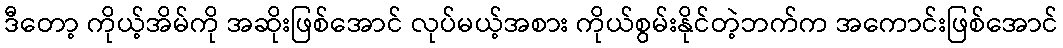
ဒီတော့ ကိုယ့်အိမ်ကို အဆိုးဖြစ်အောင် လုပ်မယ့်အစား ကိုယ်စွမ်းနိုင်တဲ့ဘက်က အကောင်းဖြစ်အောင်